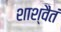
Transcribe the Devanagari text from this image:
शाश्वैतं